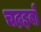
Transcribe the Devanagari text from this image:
चढ़इबो